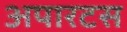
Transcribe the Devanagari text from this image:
अपारटस